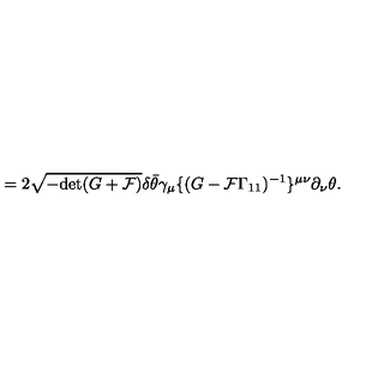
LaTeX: = 2 \sqrt { - \mathrm { d e t } ( G + { \cal F } ) } \delta \bar { \theta } \gamma _ { \mu } \{ ( G - { \cal F } \Gamma _ { 1 1 } ) ^ { - 1 } \} ^ { \mu \nu } \partial _ { \nu } \theta .